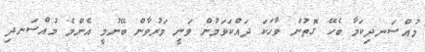
މުއްސަނދިކަމާ ބެހޭ ގޮތުން ވާހަކަ ދައްކަވަމުން ވަނީ މަރުވާން ބޭނުމީ އެންމެ މުއްސަނދި